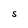
Character: S